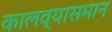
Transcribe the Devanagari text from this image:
कालव्यासमान